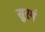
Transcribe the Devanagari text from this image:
सुरगं